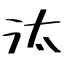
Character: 汰